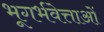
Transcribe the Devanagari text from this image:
भूगर्भवेत्ताओं